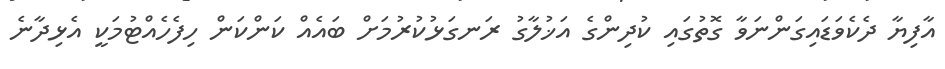
އާފިޔާ ދެކެވަޑައިގަންނަވާ ގޮތުގައި ކުދިންގެ އަޚުލާގު ރަނގަޅުކުރުމަށް ބައެއް ކަންކަން ހިފެހެއްޓުމަކީ އެޅިދާނެ